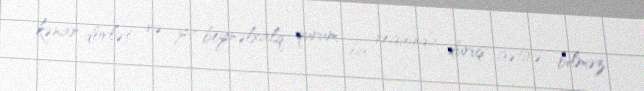
kənar dövlət və ya beynəlxalq qurum bu regionda duruş gətirə bilməz.